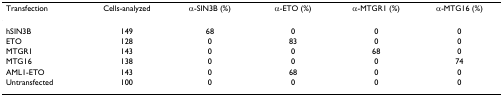
<table><thead><tr><td><b>Transfection</b></td><td><b>Cells-analyzed</b></td><td><b>α-SIN3B (%)</b></td><td><b>α-ETO (%)</b></td><td><b>α-MTGR1 (%)</b></td><td><b>α-MTG16 (%)</b></td></tr></thead><tbody><tr><td>hSIN3B</td><td>149</td><td>68</td><td>0</td><td>0</td><td>0</td></tr><tr><td>ETO</td><td>128</td><td>0</td><td>83</td><td>0</td><td>0</td></tr><tr><td>MTGR1</td><td>143</td><td>0</td><td>0</td><td>68</td><td>0</td></tr><tr><td>MTG16</td><td>138</td><td>0</td><td>0</td><td>0</td><td>74</td></tr><tr><td>AML1-ETO</td><td>143</td><td>0</td><td>68</td><td>0</td><td>0</td></tr><tr><td>Untransfected</td><td>100</td><td>0</td><td>0</td><td>0</td><td>0</td></tr></tbody></table>